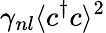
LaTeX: \gamma_{nl}\langle c^{\dagger}c\rangle^{2}